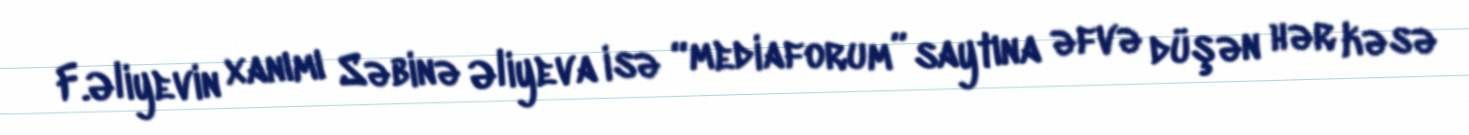
F.Əliyevin xanımı Səbinə Əliyeva isə “mediaforum” saytına əfvə düşən hər kəsə